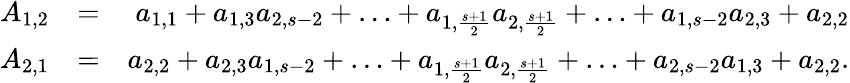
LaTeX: \begin{array}{rlr}{A_{1,2}}&{=}&{a_{1,1}+a_{1,3}a_{2,s-2}+\ldots+a_{1,\frac{s+1}{2}}a_{2,\frac{s+1}{2}}+\ldots+a_{1,s-2}a_{2,3}+a_{2,2}}\\ {A_{2,1}}&{=}&{a_{2,2}+a_{2,3}a_{1,s-2}+\ldots+a_{1,\frac{s+1}{2}}a_{2,\frac{s+1}{2}}+\ldots+a_{2,s-2}a_{1,3}+a_{2,2}.}\end{array}